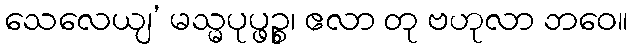
သေလေယျ’ မသ္မပုပ္ဖဉ္စ၊ ဧလာ တု ဗဟုလာ ဘဝေ။